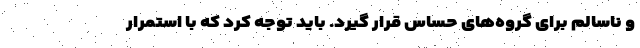
و ناسالم برای گروه‌های حساس قرار گیرد. باید توجه کرد که با استمرار